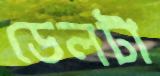
ডেলটা